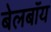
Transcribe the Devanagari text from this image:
बेलबॉय